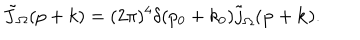
\tilde { J } _ { \Omega } ( p + k ) = ( 2 \pi ) ^ { 4 } \delta ( p _ { 0 } + k _ { 0 } ) \tilde { j } _ { \Omega } ( { \bf p } + { \bf k } ) .